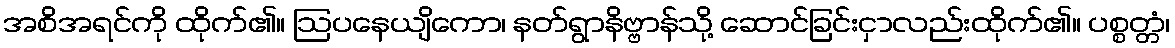
အစိအရင်ကို ထိုက်၏။ ဩပနေယျိကော၊ နတ်ရွာနိဗ္ဗာန်သို့ ဆောင်ခြင်းငှာလည်းထိုက်၏။ ပစ္စတ္တံ၊